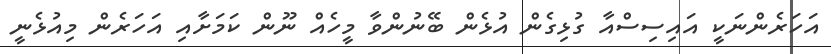
އަހަރެންނަކީ އައިސިސްއާ ގުޅިގެން އުޅެން ބޭނުންވާ މީހެއް ނޫން ކަމަށާއި އަހަރެން މިއުޅެނީ